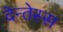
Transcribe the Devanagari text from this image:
देन्तेस्स